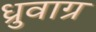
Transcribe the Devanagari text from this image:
ध्रुवाग्र